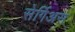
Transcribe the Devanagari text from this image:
सेर्गिअस